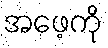
အဖေ့ကို